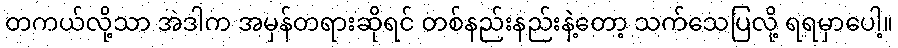
တကယ်လို့သာ အဲဒါက အမှန်တရားဆိုရင် တစ်နည်းနည်းနဲ့တော့ သက်သေပြလို့ ရရမှာပေါ့။